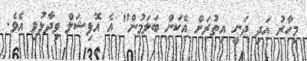
މިހާރު އަދި ދަނީ އިތުރަށް އެކަން ބަލަމުން" އެ އޮފިޝަލް ވިދާޅުވި އެވެ.